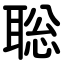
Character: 聡